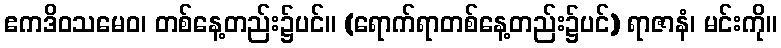
ဧကဒိဝသမေဝ၊ တစ်နေ့တည်း၌ပင်။ (ရောက်ရာတစ်နေ့တည်း၌ပင်) ရာဇာနံ၊ မင်းကို။